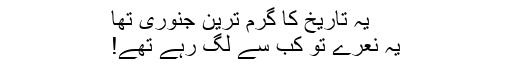
یہ تاریخ کا گرم ترین جنوری تھا
یہ نعرے تو کب سے لگ رہے تھے!